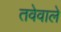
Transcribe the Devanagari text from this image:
तवेवाले